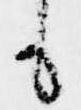
も